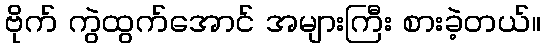
ဗိုက် ကွဲထွက်အောင် အများကြီး စားခဲ့တယ်။